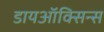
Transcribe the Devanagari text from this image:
डायऑक्सिन्स